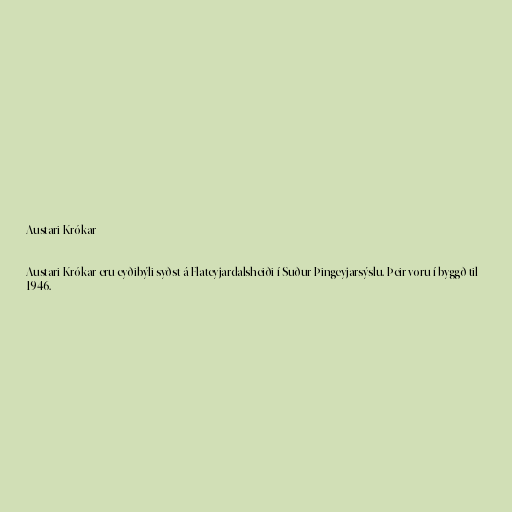
Austari-Krókar

Austari-Krókar eru eyðibýli syðst á Flateyjardalsheiði í Suður-Þingeyjarsýslu. Þeir voru í byggð til
1946.